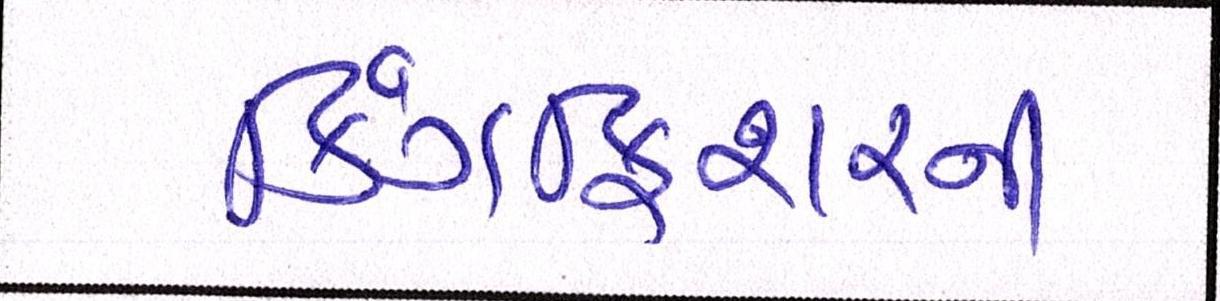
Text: કિંગફિશરની